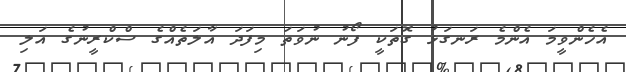
އެހެންވީމަ އެންމެ ރަނގަޅު ގޮތަކީ ފޯނު ނުވަތަ މިފަދަ އާލަތެއްގެ ސްކްރީނުގެ އަލި